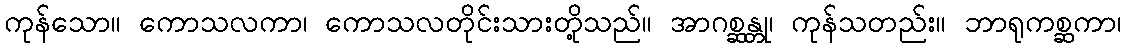
ကုန်သော။ ကောသလကာ၊ ကောသလတိုင်းသားတို့သည်။ အာဂစ္ဆန္တု၊ ကုန်သတည်း။ ဘာရုကစ္ဆကာ၊